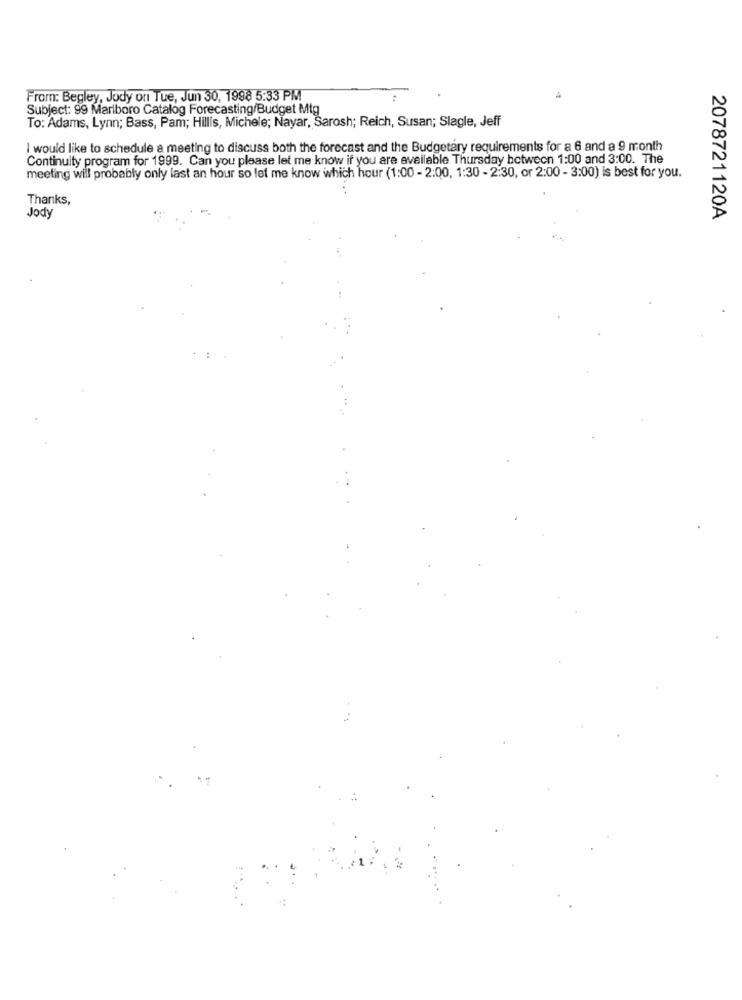
From: Begley, Jody on Tue, Jun 30, 1998 5:33 PM
Subject: 99 Marlboro Catalog Forecasting/Budget Mtg
To: Adams, Lynn; Bass, Pam; Hillis, Michele; Nayar, Sarosh; Reich, Susan; Slagle, Jeff
I would like to schedule a meeting to discuss both the forecast and the Budgetary requirements for a 6 and a 9 month
Continuity program for 1999. Can you please let me know if you are available Thursday between 1:00 and 3:00. The
meeting will probably only last an hour so let me know which hour (1:00 - 2:00, 1:30 - 2:30, or 2:00 - 3:00) is best for you.
Thanks,
Jody
2078721120A